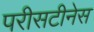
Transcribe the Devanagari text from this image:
परीसटीनेस